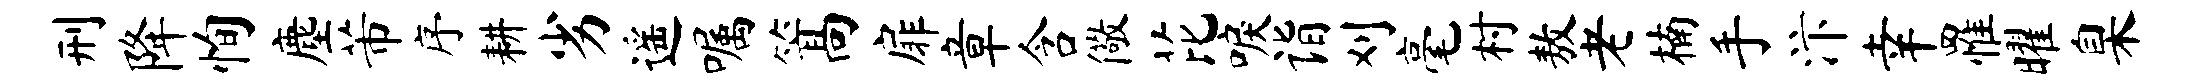
刑降恂麈芾序耕劣遥嘱篙扉章含儆芘唳诣刈毫村敖老楠手汴幸罹曜臬